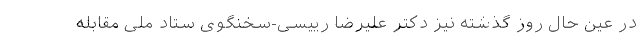
در عین حال روز گذشته نیز دکتر علیرضا رییسی-سخنگوی ستاد ملی مقابله